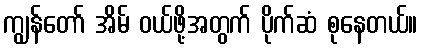
ကျွန်တော် အိမ် ဝယ်ဖို့အတွက် ပိုက်ဆံ စုနေတယ်။